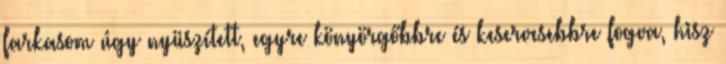
farkasom úgy nyüszített, egyre könyörgőbbre és keservesebbre fogva, hisz